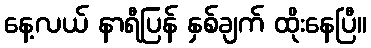
နေ့လယ် နာရီပြန် နှစ်ချက် ထိုးနေပြီ။